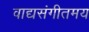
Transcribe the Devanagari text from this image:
वाद्यसंगीतमय